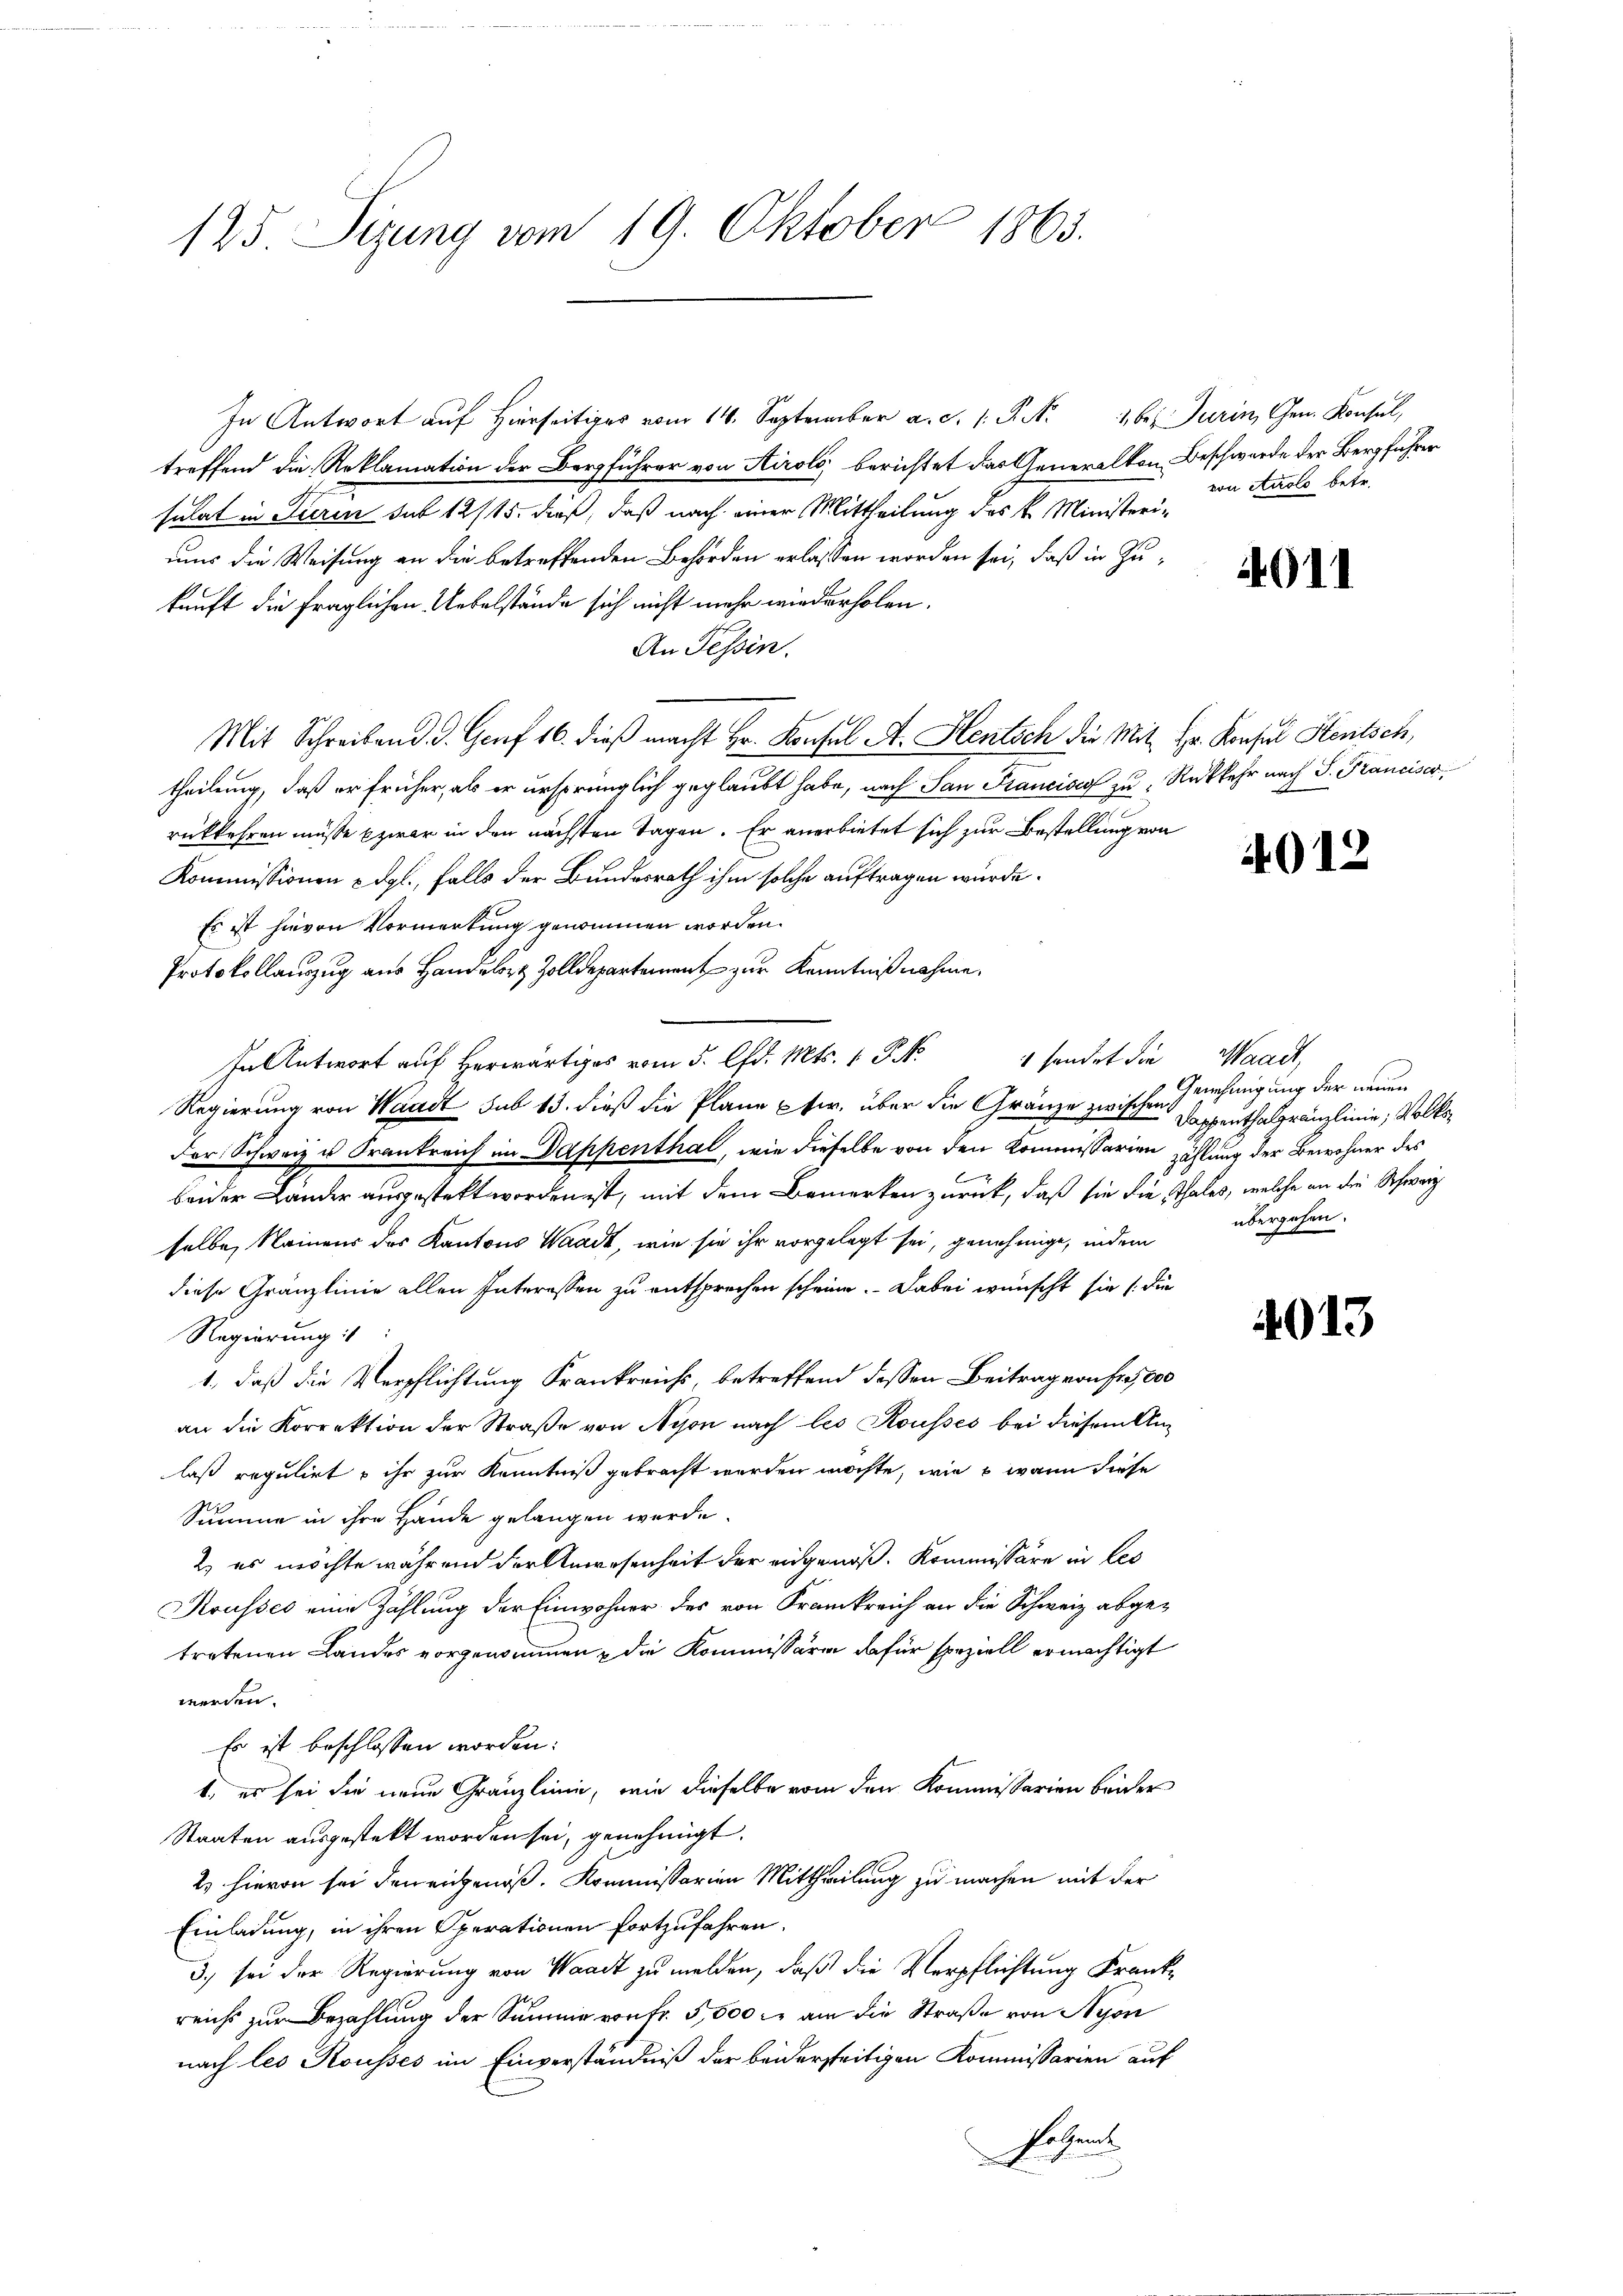
125. Sizung vom 19. Oktober 1865.

In Antwort auf Hierseits vom 14. September a. c. P. Nr. 16. Jurin, Gen. Konsul,
treffend die Reklamation der Bergführer von Airolo, berichtet das Generalkon Beschwerde der Bergführer
sulat in Turin sub 12/15. dieß, daß nach einer Mittheilung des k. Ministreiuums die Weisung an die betreffenden Behörden erlassen worden sei, daß in Zukunft die fraglichen Uebelstände sich nicht mehr wiederholen.
An Tessin.
Mit Schreiben d. d. Genf 16. dieß macht Hr. Konsul A. Hentsch die Mit Hr. Konsul Stentsch,
theilung, daß er früher, als er ursprünglich geglaubt habe, nach San Francises zu Rückkehr nach S. Franciser,
rückkehren müsse zwar in den nächsten Tagen. Er anerbietet sich zur Bestellung von
Kommissionen u. dgl., falls der Bundesrath ihm solche auftragen würde.
Es ist hievon Vormerkung genommen worden.
Protokollauszug aus Hander Zolldepartement zur Kenntnißnahme.
In Antwort auf herwärtiges vom 5. d. Mts. 1 Pk
Regierung von Waadt sub 15. dieß die Plane pfer, über die Gränze zwischen Kappenthalpränzlinie, Volks¬
Der Schweiz u. Krankreich im Dappenthal, wie dieselbe von den Kommissarien zählung der Bewohner des
.
beider Lander ausgestekt worden ist, mit dem Bemerken zurück, daß sie die Thales, welche an die Schweiz
selbe, keinens des Kantons Waadt, wie sie ihr vorgelegt sei, genehmige, indem
diese Gränzlinie allen Interessen zu entsprechen scheine. Dabei wünscht sie die
Regierung :/
1., daß die Verpflichtung Frankreichs, betreffend dessen Beitrag von fr. 5000
an die Korrektion der Straße von Nyon nach les Kousses bei diesem Anlaß regulirt u ihr zur Kenntniß gebracht werden möchte, wie  wann diese
Summe in ihre Hände gelangen werde.
2) es möchte während der Anwesenheit der eingenoß. Kommissäre in Les
Kousses eine Zählung der Einwohner des von Frankreich an die Schweiz abge-
tretenen Landes vorgenommen, die Kommissäre dafür speziell ermächtigt
werden.
Es ist beschlossen worden.
1., es sei die neue Gränzlinie, wie dieselbe vom den Kommissarien beider
Staaten ausgestekt worden sei, genehmigt.
2) hievon sei den eingenoß, Kommissarien Mittheilung zu machen mit der
Einladung, in ihren Operationen fortzufahren.
3.) sei der Regierung von Waadt zu melden, daß die Verpflichtung Krankreichs zur Bezahlung der Summe von fr. 5,500 fl an die Straße von Nyon
nach les Rousses im Einverständniß der beiderseitigen Kommissarien auf
Erbant

sendet die Waadt,

von Airolo betr.

4011

4012

Genehmigung der neuen
übergehen.

4013